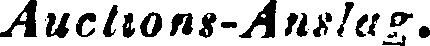
Auctions-Anslag.